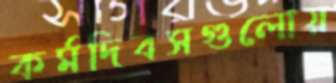
কর্মদিবসগুলোয়